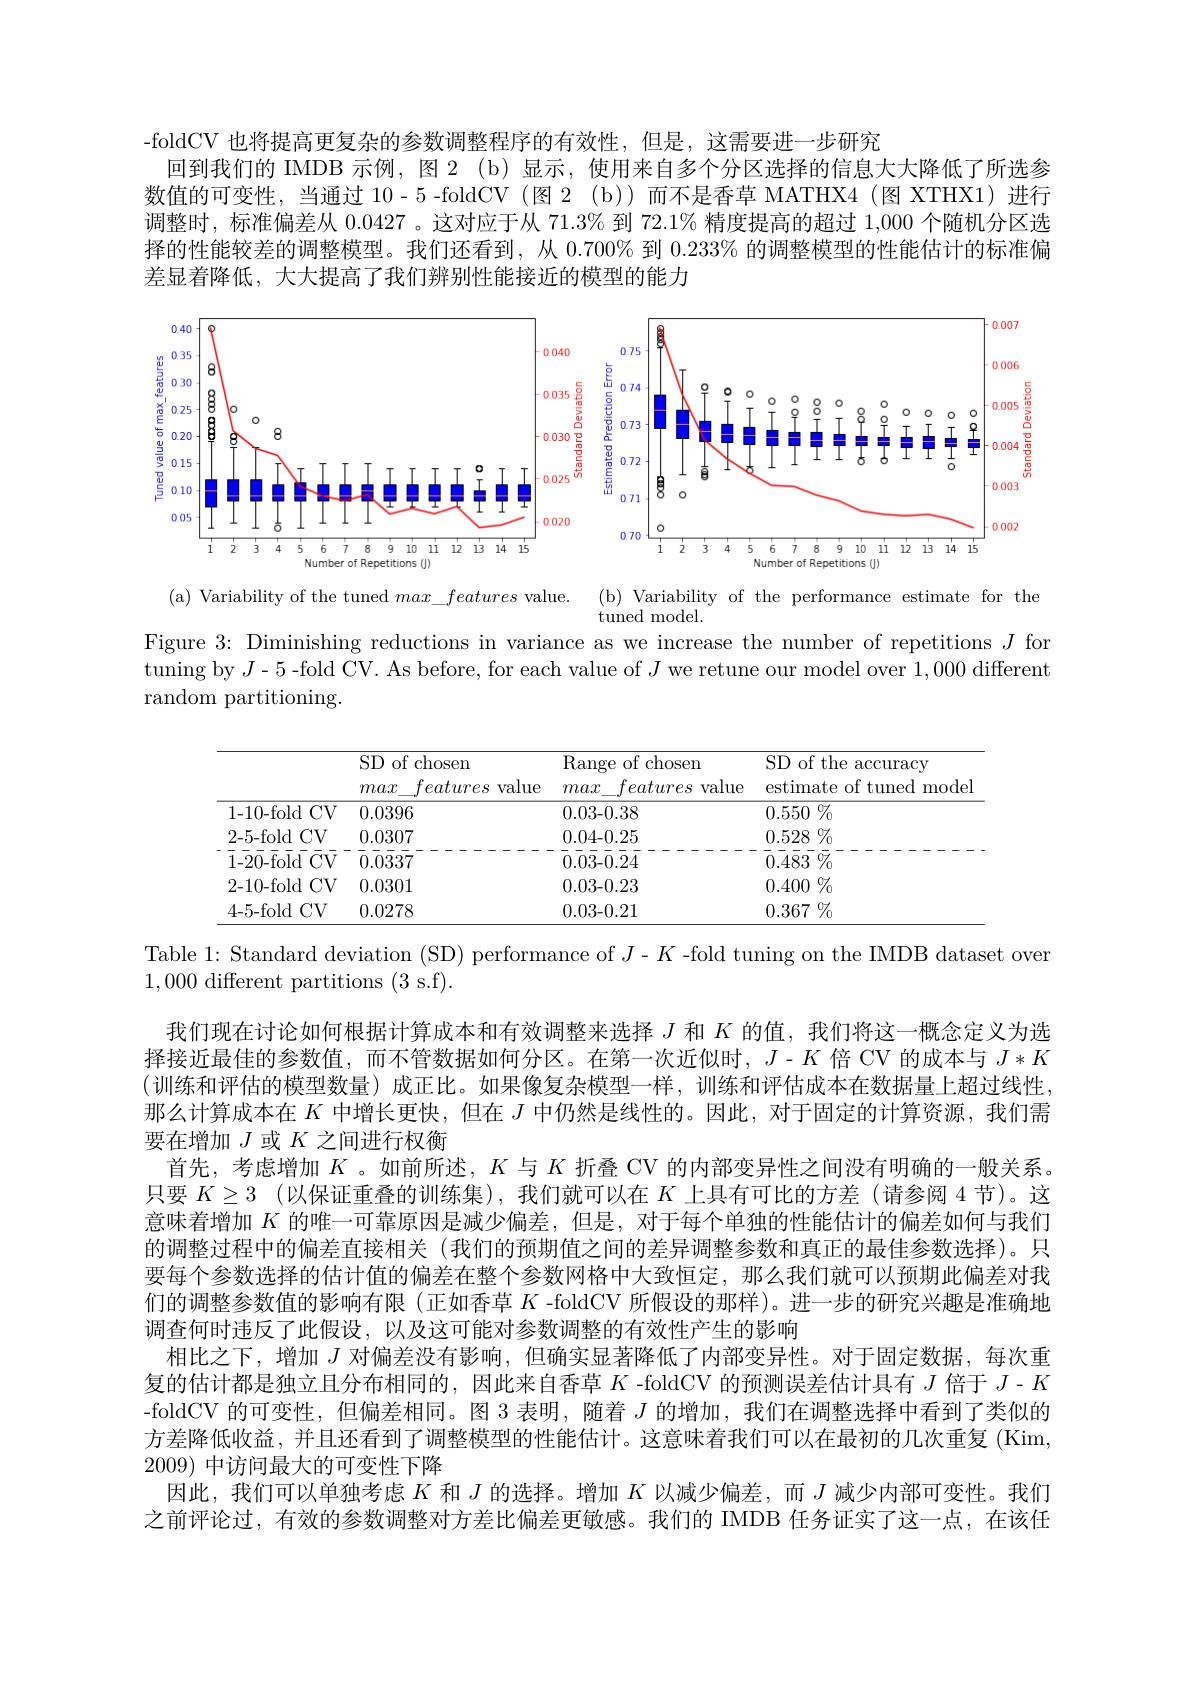
-foldCV 也将提高更复杂的参数调整程序的有效性，但是，这需要进一步研究
回到我们的 IMDB 示例，图 2 (b)显示，使用来自多个分区选择的信息大大降低了所选参数值的可变性，当通过 10-5 -foldCV (图 2 (b))而不是香草 MATHX4 (图 XTHX1)进行调整时，标准偏差从0.0427 。这对应于从 71.3% 到 72.1% 精度提高的超过 1,000 个随机分区选择的性能较差的调整模型。我们还看到，从 0.700% 到$0.233\%$的调整模型的性能估计的标准偏差显着降低，大大提高了我们辨别性能接近的模型的能力

<FigureHere>

(b) Variability of the performance estimate for the

(a) Variability of the tuned $max\_features$ value.

tuned model.

Figure 3: Diminishing reductions in variance as we increase the number of repetitions $J$ for tuning by $J$-5-fold CV. As before, for each value of $J$ we retune our model over 1,000 different random partitioning.

<table>
	<tbody>
		<tr>
			<th> </th>
			<th>SD of chosen max features value</th>
			<th>Range of chosen max features value</th>
			<th>SD of the accuracy estimate of tuned mode</th>
		</tr>
		<tr>
			<td>1-10-fold $CV$</td>
			<td>0.0396</td>
			<td>0.03-0.38</td>
			<td>$\overline{0.550\%}$</td>
		</tr>
		<tr>
			<td>CV 2-5-fold</td>
			<td>0.0307</td>
			<td>0.04-0.25</td>
			<td>$0.528\%$</td>
		</tr>
		<tr>
			<td>1-20-fold CV</td>
			<td>0.0337</td>
			<td>0.03-0.24</td>
			<td>$\bar{0} . \bar {48}\bar{3}$ $\bar{\% }$</td>
		</tr>
		<tr>
			<td>CV 2{-10}{-}fold</td>
			<td>0.0301</td>
			<td>0.03-0.23</td>
			<td>$0.400\%$</td>
		</tr>
		<tr>
			<td>4-5-fold $CV$</td>
			<td>0.0278</td>
			<td>0.03-0.21</td>
			<td>$0.367\%$</td>
		</tr>
	</tbody>
</table>

Table 1: Standard deviation (SD) performance of $J-K$ -fold tuning on the IMDB dataset over
$1,000{\mathrm{~different~partitions~(3~s.f).}}$

我们现在讨论如何根据计算成本和有效调整来选择$J$和$K$的值，我们将这一概念定义为选择接近最佳的参数值，而不管数据如何分区。在第一次近似时，$J-K$倍 CV 的成本与$J*K$ (训练和评估的模型数量)成正比。如果像复杂模型一样，训练和评估成本在数据量上超过线性， 那么计算成本在$K$中增长更快，但在$J$中仍然是线性的。因此，对于固定的计算资源，我们需要在增加$J$或$K$之间进行权衡
首先，考虑增加$K$ 。如前所述，$K$与$K$折叠 CV 的内部变异性之间没有明确的一般关系。只要$K\geq 3$ (以保证重叠的训练集),我们就可以在$K$上具有可比的方差(请参阅 4 节)。这意味着增加$K$的唯一可靠原因是减少偏差，但是，对于每个单独的性能估计的偏差如何与我们的调整过程中的偏差直接相关 (我们的预期值之间的差异调整参数和真正的最佳参数选择)。只要每个参数选择的估计值的偏差在整个参数网格中大致恒定，那么我们就可以预期此偏差对我们的调整参数值的影响有限(正如香草$K$ -foldCV 所假设的那样)。进一步的研究兴趣是准确地调查何时违反了此假设，以及这可能对参数调整的有效性产生的影响
相比之下，增加$J$对偏差没有影响，但确实显著降低了内部变异性。对于固定数据，每次重复的估计都是独立且分布相同的，因此来自香草$K$ -foldCV 的预测误差估计具有$J$倍于$J-K$ -foldCV 的可变性，但偏差相同。图3表明，随着$J$的增加，我们在调整选择中看到了类似的方差降低收益，并且还看到了调整模型的性能估计。这意味着我们可以在最初的几次重复(Kim, 2009)中访问最大的可变性下降
因此，我们可以单独考虑$K$和$J$的选择。增加$K$以减少偏差，而$J$减少内部可变性。我们之前评论过，有效的参数调整对方差比偏差更敏感。我们的 IMDB 任务证实了这一点，在该任